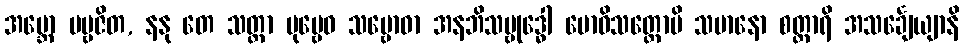
အမ္ဘော ပဗ္ဗဇိတ, နနု တေ သတ္ထာ ပုဗ္ဗေဝ သမ္ဗောဓာ အနဘိသမ္ဗုဒ္ဓေါ ဗောဓိသတ္တောပိ သမာနော စတ္တာရိ အသင်္ချေယျာနိ